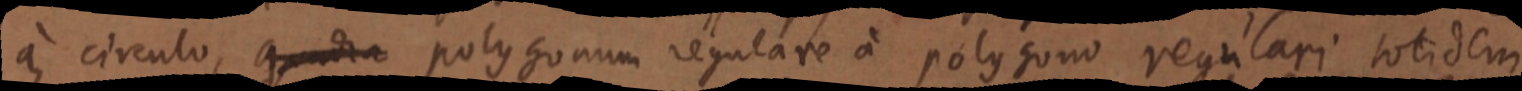
a circulo, quadra polygonum regulare a polygono regulari totidem